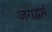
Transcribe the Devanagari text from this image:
जगद्धर्म